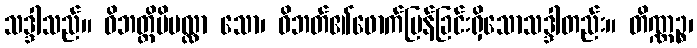
သဒ္ဒါသည်။ ဝိဘတ္တိပိပလ္လာ သော၊ ဝိဘတ်၏ဖောက်ပြန်ခြင်းရှိသောသဒ္ဒါတည်း။ တိဏ္ဏဉ္စ၊